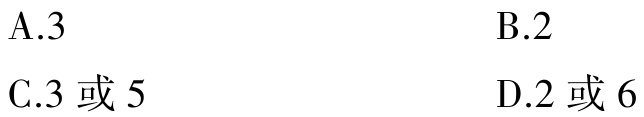
A.3

B.2

C.3或5

D.2或6